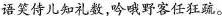
语笑侍儿知礼数，吟哦野客任狂疏。